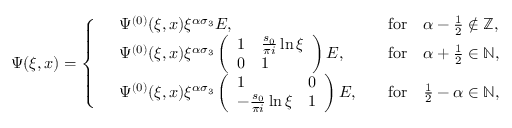
\Psi ( \xi , x ) = \left\{ \begin{array} { r l r l } & { \Psi ^ { ( 0 ) } ( \xi , x ) \xi ^ { \alpha \sigma _ { 3 } } E , } & & { \mathrm { f o r } \quad \alpha - \frac { 1 } { 2 } \notin \mathbb { Z } , } \\ & { \Psi ^ { ( 0 ) } ( \xi , x ) \xi ^ { \alpha \sigma _ { 3 } } \left( \begin{array} { l l } { 1 } & { \frac { s _ { 0 } } { \pi i } \ln \xi } \\ { 0 } & { 1 } \end{array} \right) E , } & & { \mathrm { f o r } \quad \alpha + \frac { 1 } { 2 } \in \mathbb { N } , } \\ & { \Psi ^ { ( 0 ) } ( \xi , x ) \xi ^ { \alpha \sigma _ { 3 } } \left( \begin{array} { l l } { 1 } & { 0 } \\ { - \frac { s _ { 0 } } { \pi i } \ln \xi } & { 1 } \end{array} \right) E , } & & { \mathrm { f o r } \quad \frac { 1 } { 2 } - \alpha \in \mathbb { N } , } \end{array} \right.